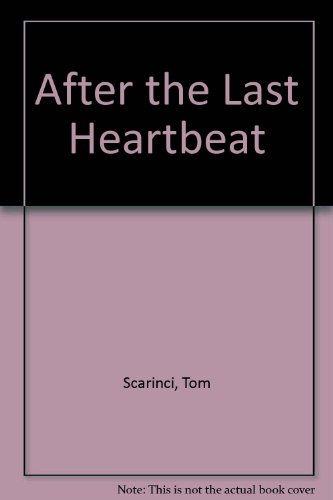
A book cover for After the Last Heartbeat; Tom Scarinci; Health, Fitness & Dieting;